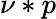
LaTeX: \nu\ast p